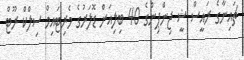
ޗައިނާގެ ރައީސް ޝީ ޖިންޕިންގެ 40 ބިލިއަން ޑޮލަރުގެ މެރިޓައިމް ސިލްކް ރޫޓް